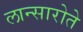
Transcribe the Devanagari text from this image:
लान्सारोते